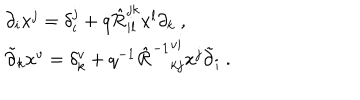
LaTeX: \begin{array} { l } { { \partial _ { i } x ^ { j } = \delta _ { i } ^ { j } + q \hat { \cal R } _ { i l } ^ { j k } x ^ { l } \partial _ { k } ~ , } } \\ { { \tilde { \partial } _ { k } x ^ { v } = \delta _ { k } ^ { v } + q ^ { - 1 } \left. \hat { \cal R } ^ { - 1 } \right. _ { k j } ^ { v i } x ^ { j } \tilde { \partial } _ { i } ~ . } } \\ \end{array}